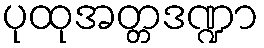
ပုထုအတ္တဒဏ္ဍာ